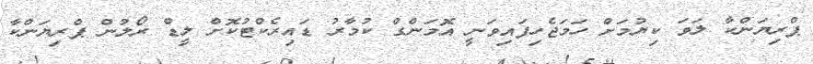
ޕްރިޔަންކާ ލަވަ ކިޔުމަށް ހަމަޖެހިފައިވަނީ އޮމަންގް ކުމާރު ޑައިރެކްޓުކޮށް ލީޑް ރޯލުން ޕްރިޔަންކާ